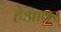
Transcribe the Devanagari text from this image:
हेआवर